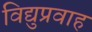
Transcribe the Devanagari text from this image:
विद्युप्रवाह